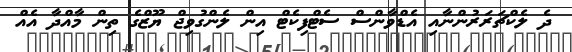
ދެ ލެކްޗަރަރުންނާއި އެޑްވާންސް ސެޓްފިކެޓް އިން ލެންގުވިޖް ޔޫޒްގެ ތިން މާއްދާ އެއް